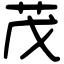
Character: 茂